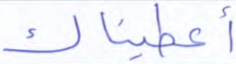
أعطيناك